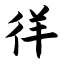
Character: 徉